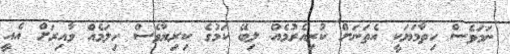
ނަމަވެސް ހިތާމަޔަކީ އެތަނަށް ކުރިއެރުމެއް ލިބޭ ކަމުގެ ކިރިޔާވެސް ހިލަމެއް ވާއިރަށް އެއީ